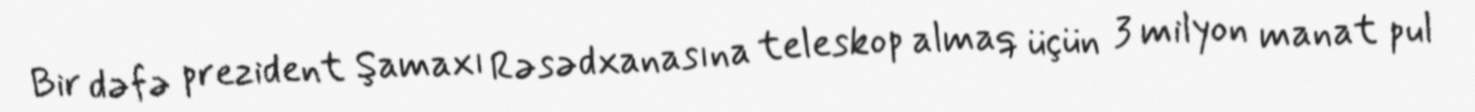
Bir dəfə prezident Şamaxı Rəsədxanasına teleskop almaq üçün 3 milyon manat pul